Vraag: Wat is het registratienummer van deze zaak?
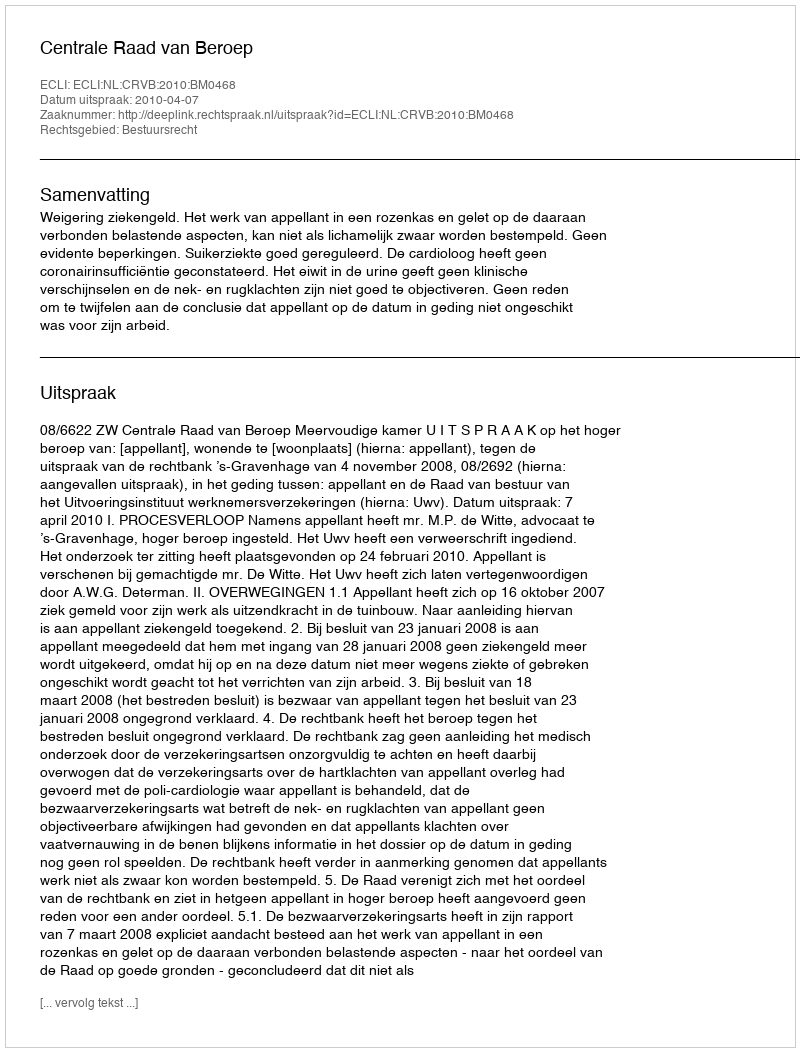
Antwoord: http://deeplink.rechtspraak.nl/uitspraak?id=ECLI:NL:CRVB:2010:BM0468